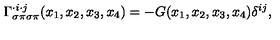
\Gamma _ { \sigma \pi \sigma \pi } ^ { \cdot i \cdot j } ( x _ { 1 } , x _ { 2 } , x _ { 3 } , x _ { 4 } ) = - G ( x _ { 1 } , x _ { 2 } , x _ { 3 } , x _ { 4 } ) \delta ^ { i j } ,